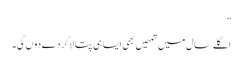
”
اگلے سال میں تمھیں بھی ایسا ہی پتا لا کر دے دوں گی۔